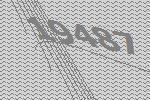
19487